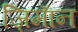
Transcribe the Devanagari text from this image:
ज़िमाॅन